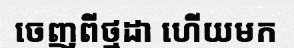
ចេញពីថ្មដា ហើយមក